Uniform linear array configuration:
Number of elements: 8
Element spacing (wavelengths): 0.75
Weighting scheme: kaiser
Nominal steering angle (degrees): -45
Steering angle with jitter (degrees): -46.53
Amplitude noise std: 0.05
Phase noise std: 0.05

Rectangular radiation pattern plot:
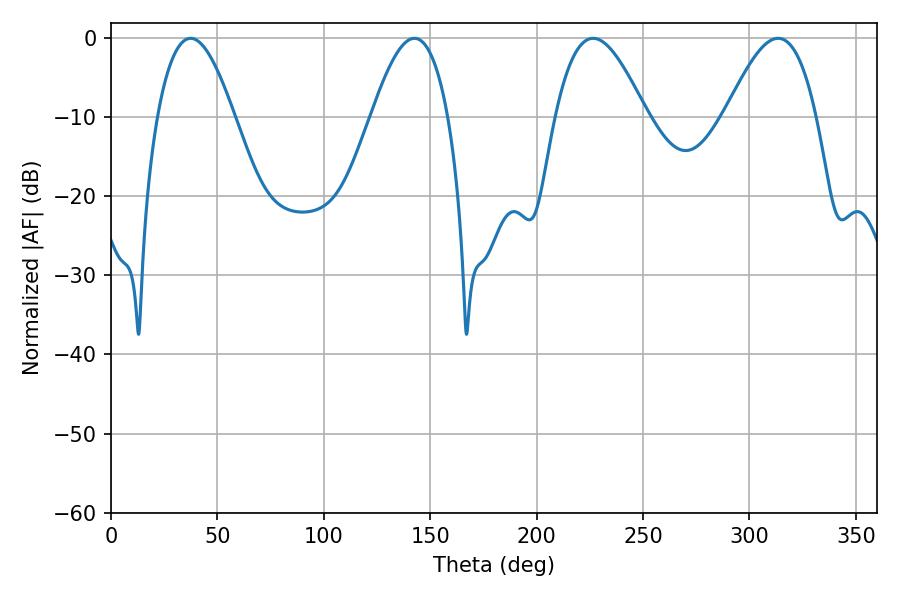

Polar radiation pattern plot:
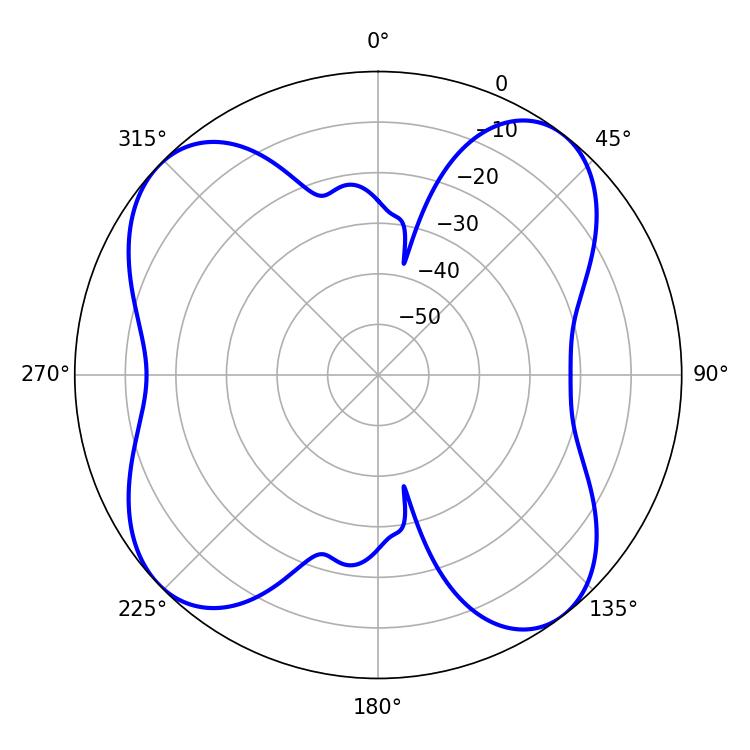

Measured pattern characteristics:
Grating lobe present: TRUE
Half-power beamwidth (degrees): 19.8
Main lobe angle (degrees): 37.44